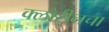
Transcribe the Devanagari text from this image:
क्लोरीनचा